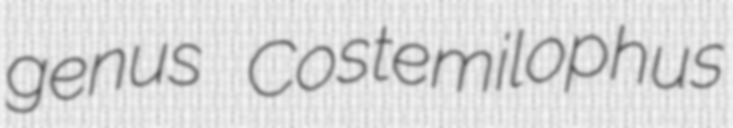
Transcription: genus Costemilophus